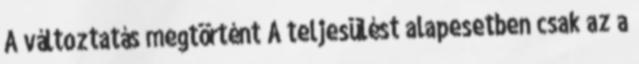
A változtatás megtörtént A teljesülést alapesetben csak az a